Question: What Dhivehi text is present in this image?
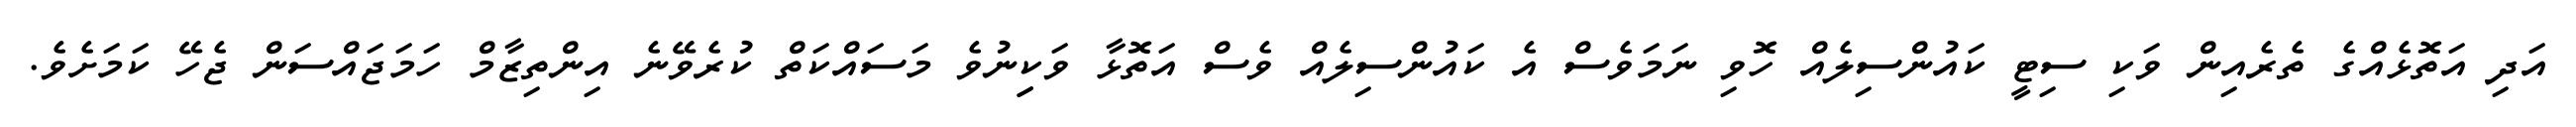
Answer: އަދި އަތޮޅެއްގެ ތެރެއިން ވަކި ސިޓީ ކައުންސިލެއް ހޮވި ނަމަވެސް އެ ކައުންސިލެއް ވެސް އަތޮޅާ ވަކިިނުވެ މަސައްކަތް ކުރެވޭނެ އިންތިޒާމް ހަމަޖައްސަން ޖެހޭ ކަމަށެވެ.